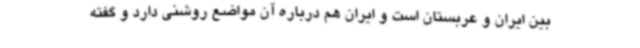
بین ایران و عربستان است و ایران هم درباره آن مواضع روشنی دارد و گفته